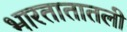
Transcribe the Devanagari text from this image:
भारतातातली